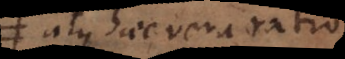
atque haec vera ratio